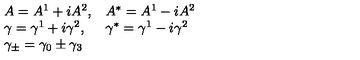
\begin{array} { l l } { A = A ^ { 1 } + i A ^ { 2 } , } & { A ^ { * } = A ^ { 1 } - i A ^ { 2 } } \\ { \gamma = \gamma ^ { 1 } + i \gamma ^ { 2 } , } & { \gamma ^ { * } = \gamma ^ { 1 } - i \gamma ^ { 2 } } \\ { \gamma _ { \pm } = \gamma _ { 0 } \pm \gamma _ { 3 } } & { } \\ \end{array}